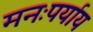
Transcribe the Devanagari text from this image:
मनःपर्याय